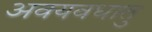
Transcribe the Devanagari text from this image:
अवयवधातु